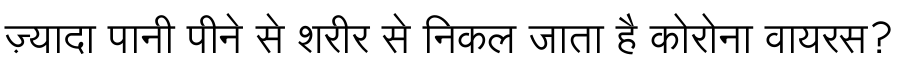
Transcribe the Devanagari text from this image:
ज़्यादा पानी पीने से शरीर से निकल जाता है कोरोना वायरस?